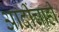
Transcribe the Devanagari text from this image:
आदींचाही